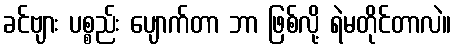
ခင်ဗျား ပစ္စည်း ပျောက်တာ ဘာ ဖြစ်လို့ ရဲမတိုင်တာလဲ။